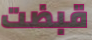
قبضت